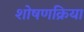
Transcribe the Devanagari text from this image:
शोषणक्रिया